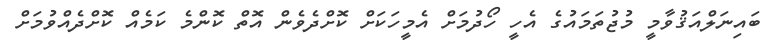
ބައިނަލްއަޤުވާމީ މުޖުތަމައުގެ އެހީ ހޯދުމަށް އެމީހަކަށް ކޮށްދެވެން އޮތް ކޮންމެ ކަމެއް ކޮށްދެއްވުމަށް